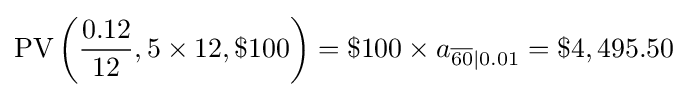
{\text{PV}}\left({\frac {0.12}{12}},5\times 12,\$100\right)=\$100\times a_{{\overline {60}}|0.01}=\$4,495.50